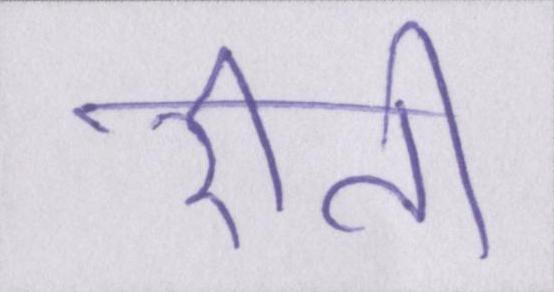
रीति